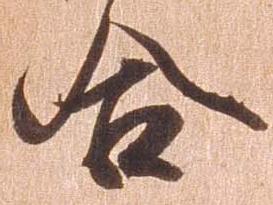
合